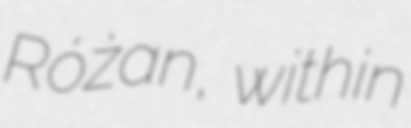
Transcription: Różan, within